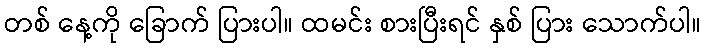
တစ် နေ့ကို ခြောက် ပြားပါ။ ထမင်း စားပြီးရင် နှစ် ပြား သောက်ပါ။